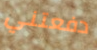
دفعتني